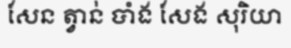
សែន ត្វាន់ បាំង សែង សុរិយា